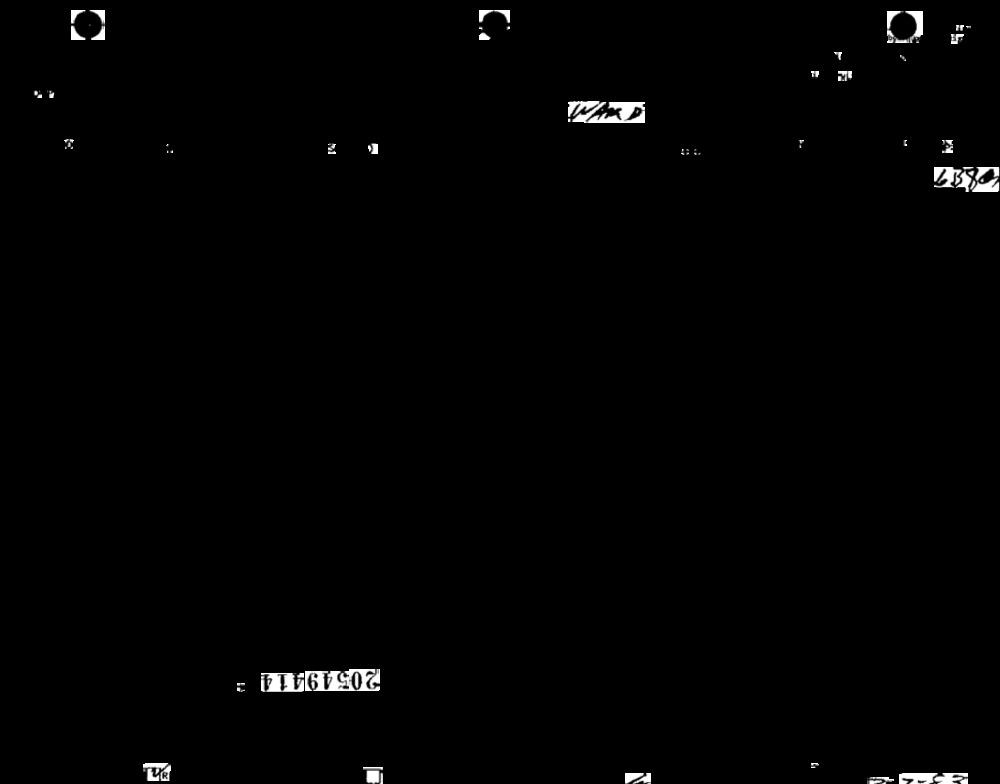
6380
20549414